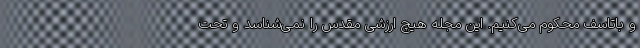
و باتاسف محکوم می‌کنیم. این مجله هیچ ارزشی مقدس را نمی‌شناسد و تحت